Vaccine operations Central Provinces & Berar 1912-1920 - 1912-1920
Year: 1912
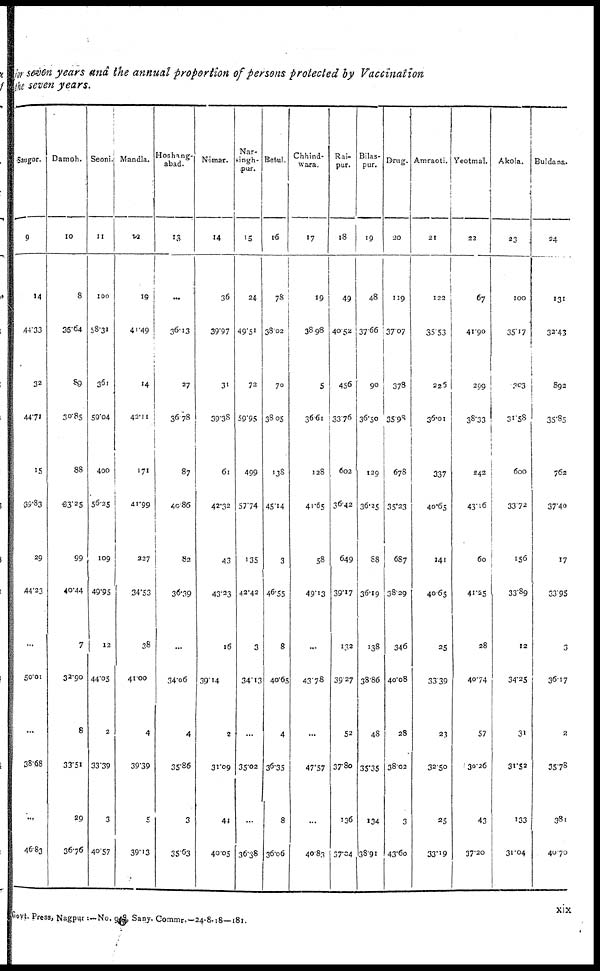
for seven years and the annual proportion of persons protected by Vaccination
the seven years.
Saugor.
9
14
44.33
32
44.71
15
09.83
29
44.23
...
50.01
...
38.68
...
46.83
Damoh.
10
8
35.64
89
30.85
88
33.25
99
40.44
7
32.90
8
33.51
29
36.76
Seoni.
11
100
58.31
361
59.04
400
56.25
109
49.95
12
44.05
2
33.39
3
40.57
Mandla.
12
19
41.49
14
42.11
171
41.99
227
34.53
38
41.00
4
39.39
5
39.13
Hoshang¬
abad.
13
...
36.13
27
36.78
87
40.86
82
36.39
...
34.06
4
35.86
3
35.63
Nimar.
14
36
39.97
31
39.38
61
42.32
43
43.23
16
39.14
2
31.09
44
40.05
Nar¬
singh¬
pur.
15
24
49.51
72
59.95
499
57.74
135
42.42
3
34.13
...
35.02
...
36.38
Betul.
16
78
38.02
70
38.05
138
45.14
3
46.55
8
40.65
4
36.35
8
36.06
Chhind¬
wara.
17
19
38.98
5
36.61
128
41.65
58
49.13
...
43.78
...
47.57
...
40.83
Rai¬
pur.
18
49
40.52
456
33.76
602
36.42
649
39.17
132
39.27
52
37.80
136
37.04
Bilas¬
pur.
19
48
37.66
90
36.50
129
36.25
88
36.19
138
38.86
48
35.35
134
38.91
Drug.
20
119
37.07
378
35.98
678
35.23
687
38.29
346
40.08
28
38.02
3
43.60
Amraoti.
21
122
35.53
225
36.01
337
40.65
141
40.65
25
33.39
23
32.50
25
33.19
Yeotmal.
22
67
41.90
299
38.33
242
43.16
60
41.25
28
40.74
57
30.26
43
37.20
Akola.
23
100
35.17
303
31.58
600
33.72
156
33.89
12
34.25
31
31.52
133
31.04
Buldana.
24
131
33.43
892
35.85
762
37.40
17
33.95
3
36.17
2
35.78
381
40.70
Govt. Press, Nagpur :—No. 948, Sany, Commr.-24-8.18—181.
xix